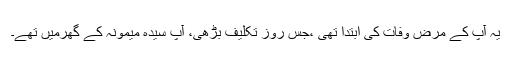
یہ آپ کے مرض وفات کی ابتدا تھی ،جس روز تکلیف بڑھی، آپ سیدہ میمونہ کے گھرمیں تھے۔